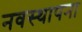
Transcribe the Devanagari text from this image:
नवस्थापना